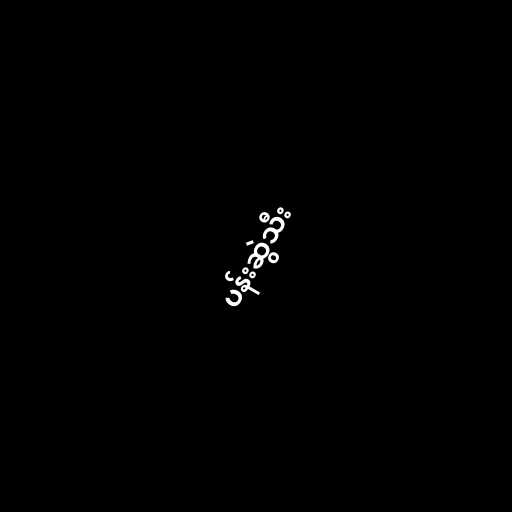
ပန်းဆွဲသီး